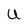
Character: U